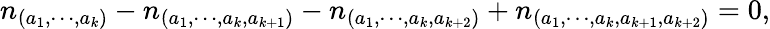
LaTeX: n_{(a_{1},\cdots,a_{k})}-n_{(a_{1},\cdots,a_{k},a_{k+1})}-n_{(a_{1},\cdots,a_{k},a_{k+2})}+n_{(a_{1},\cdots,a_{k},a_{k+1},a_{k+2})}=0,